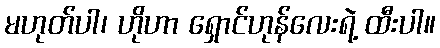
မဟုတ်ပါ၊ ဟိုဟာ ရှောင်ဟုန်လေးရဲ့ ထီးပါ။